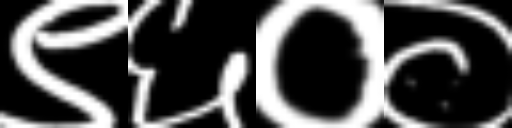
Text: ९६००